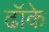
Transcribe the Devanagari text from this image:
ढॉके